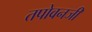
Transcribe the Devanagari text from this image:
तपोवनजी